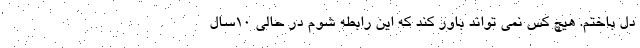
دل باختم. هیچ کس نمی تواند باور کند که این رابطه شوم در حالی 10سال